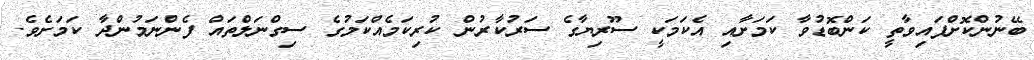
ބޭނުންކޮށްފައިވާތީ ކަންބޮޑުވާ ކަމަށާއި އެކަމަކީ ސޫރިޔާގެ ސަރުކާރުން ކުރިކަމެއްކަމުގެ ސިގްނަލްތައް ފެންނަމުންދާ ކަމަށެވެ.